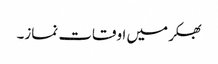
بھکر میں اوقات نماز۔